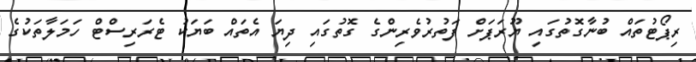
ރިޕޯޓުތައް ބުނާގޮތުގައި ޔޫރަޕަށް ފަތުރުވެރިންގެ ގޮތުގައި ދިޔަ އެތައް ބަޔަކު ޓެރަރިސްޓް ހަމަލާތަކުގެ